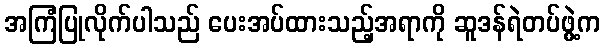
အကြံပြုလိုက်ပါသည် ပေးအပ်ထားသည့်အရာကို ဆူဒန်ရဲတပ်ဖွဲ့က